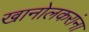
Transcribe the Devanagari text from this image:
खानोलकरांना